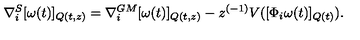
\nabla _ { i } ^ { S } [ \omega ( t ) ] _ { Q ( t , z ) } = \nabla _ { i } ^ { G M } [ \omega ( t ) ] _ { Q ( t , z ) } - z ^ { ( - 1 ) } V ( [ \Phi _ { i } \omega ( t ) ] _ { Q ( t ) } ) .